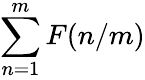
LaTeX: \sum_{n=1}^{m}F(n/m)